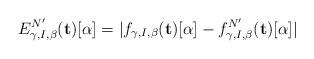
LaTeX: \begin{align*} E^{N'}_{\gamma, I, \beta}(\mathbf{t})[\alpha] = |f_{\gamma, I, \beta}(\mathbf{t})[\alpha] - f_{\gamma, I, \beta}^{N'}(\mathbf{t})[\alpha]| \end{align*}